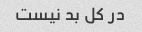
در کل بد نیست